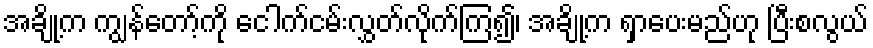
အချို့က ကျွန်တော့်ကို ငေါက်ငမ်းလွှတ်လိုက်ကြ၍၊ အချို့က ရှာပေးမည်ဟု ပြီးစလွယ်